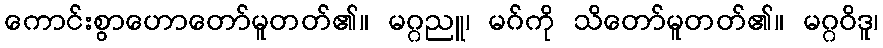
ကောင်းစွာဟောတော်မူတတ်၏။ မဂ္ဂညူ၊ မဂ်ကို သိတော်မူတတ်၏။ မဂ္ဂဝိဒူ၊